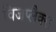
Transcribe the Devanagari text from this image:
विजप्लैक्स